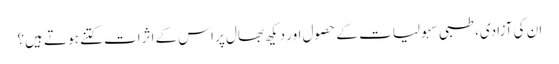
ان کی آزادی، طبی سہولیات کے حصول اور دیکھ بھال پر اس کے اثرات کتنے ہوتے ہیں؟